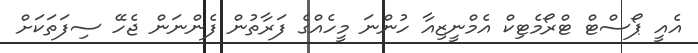
އެއީ ޕޯސްޓް ޓްރޯމެޓިކް އެމްނީޒިއާ ހުންނަ މީހެއްގެ ފަރާތުން ފެންނަން ޖެހޭ ސިފަތަކަށް